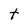
Character: t